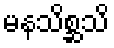
မနသိစ္ဆသိ